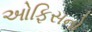
ઓફિસનો